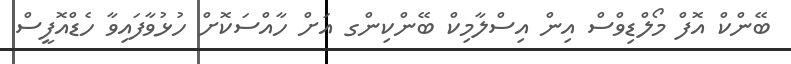
ބޭންކް އޮފް މޯލްޑިވްސް އިން އިސްލާމިކް ބޭންކިންގ އަށް ހާއްސަކޮށް ހުޅުވާފައިވާ ހެޑްއޮފީސް